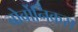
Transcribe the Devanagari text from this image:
बोर्बोनिकस